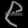
Digit: ၉